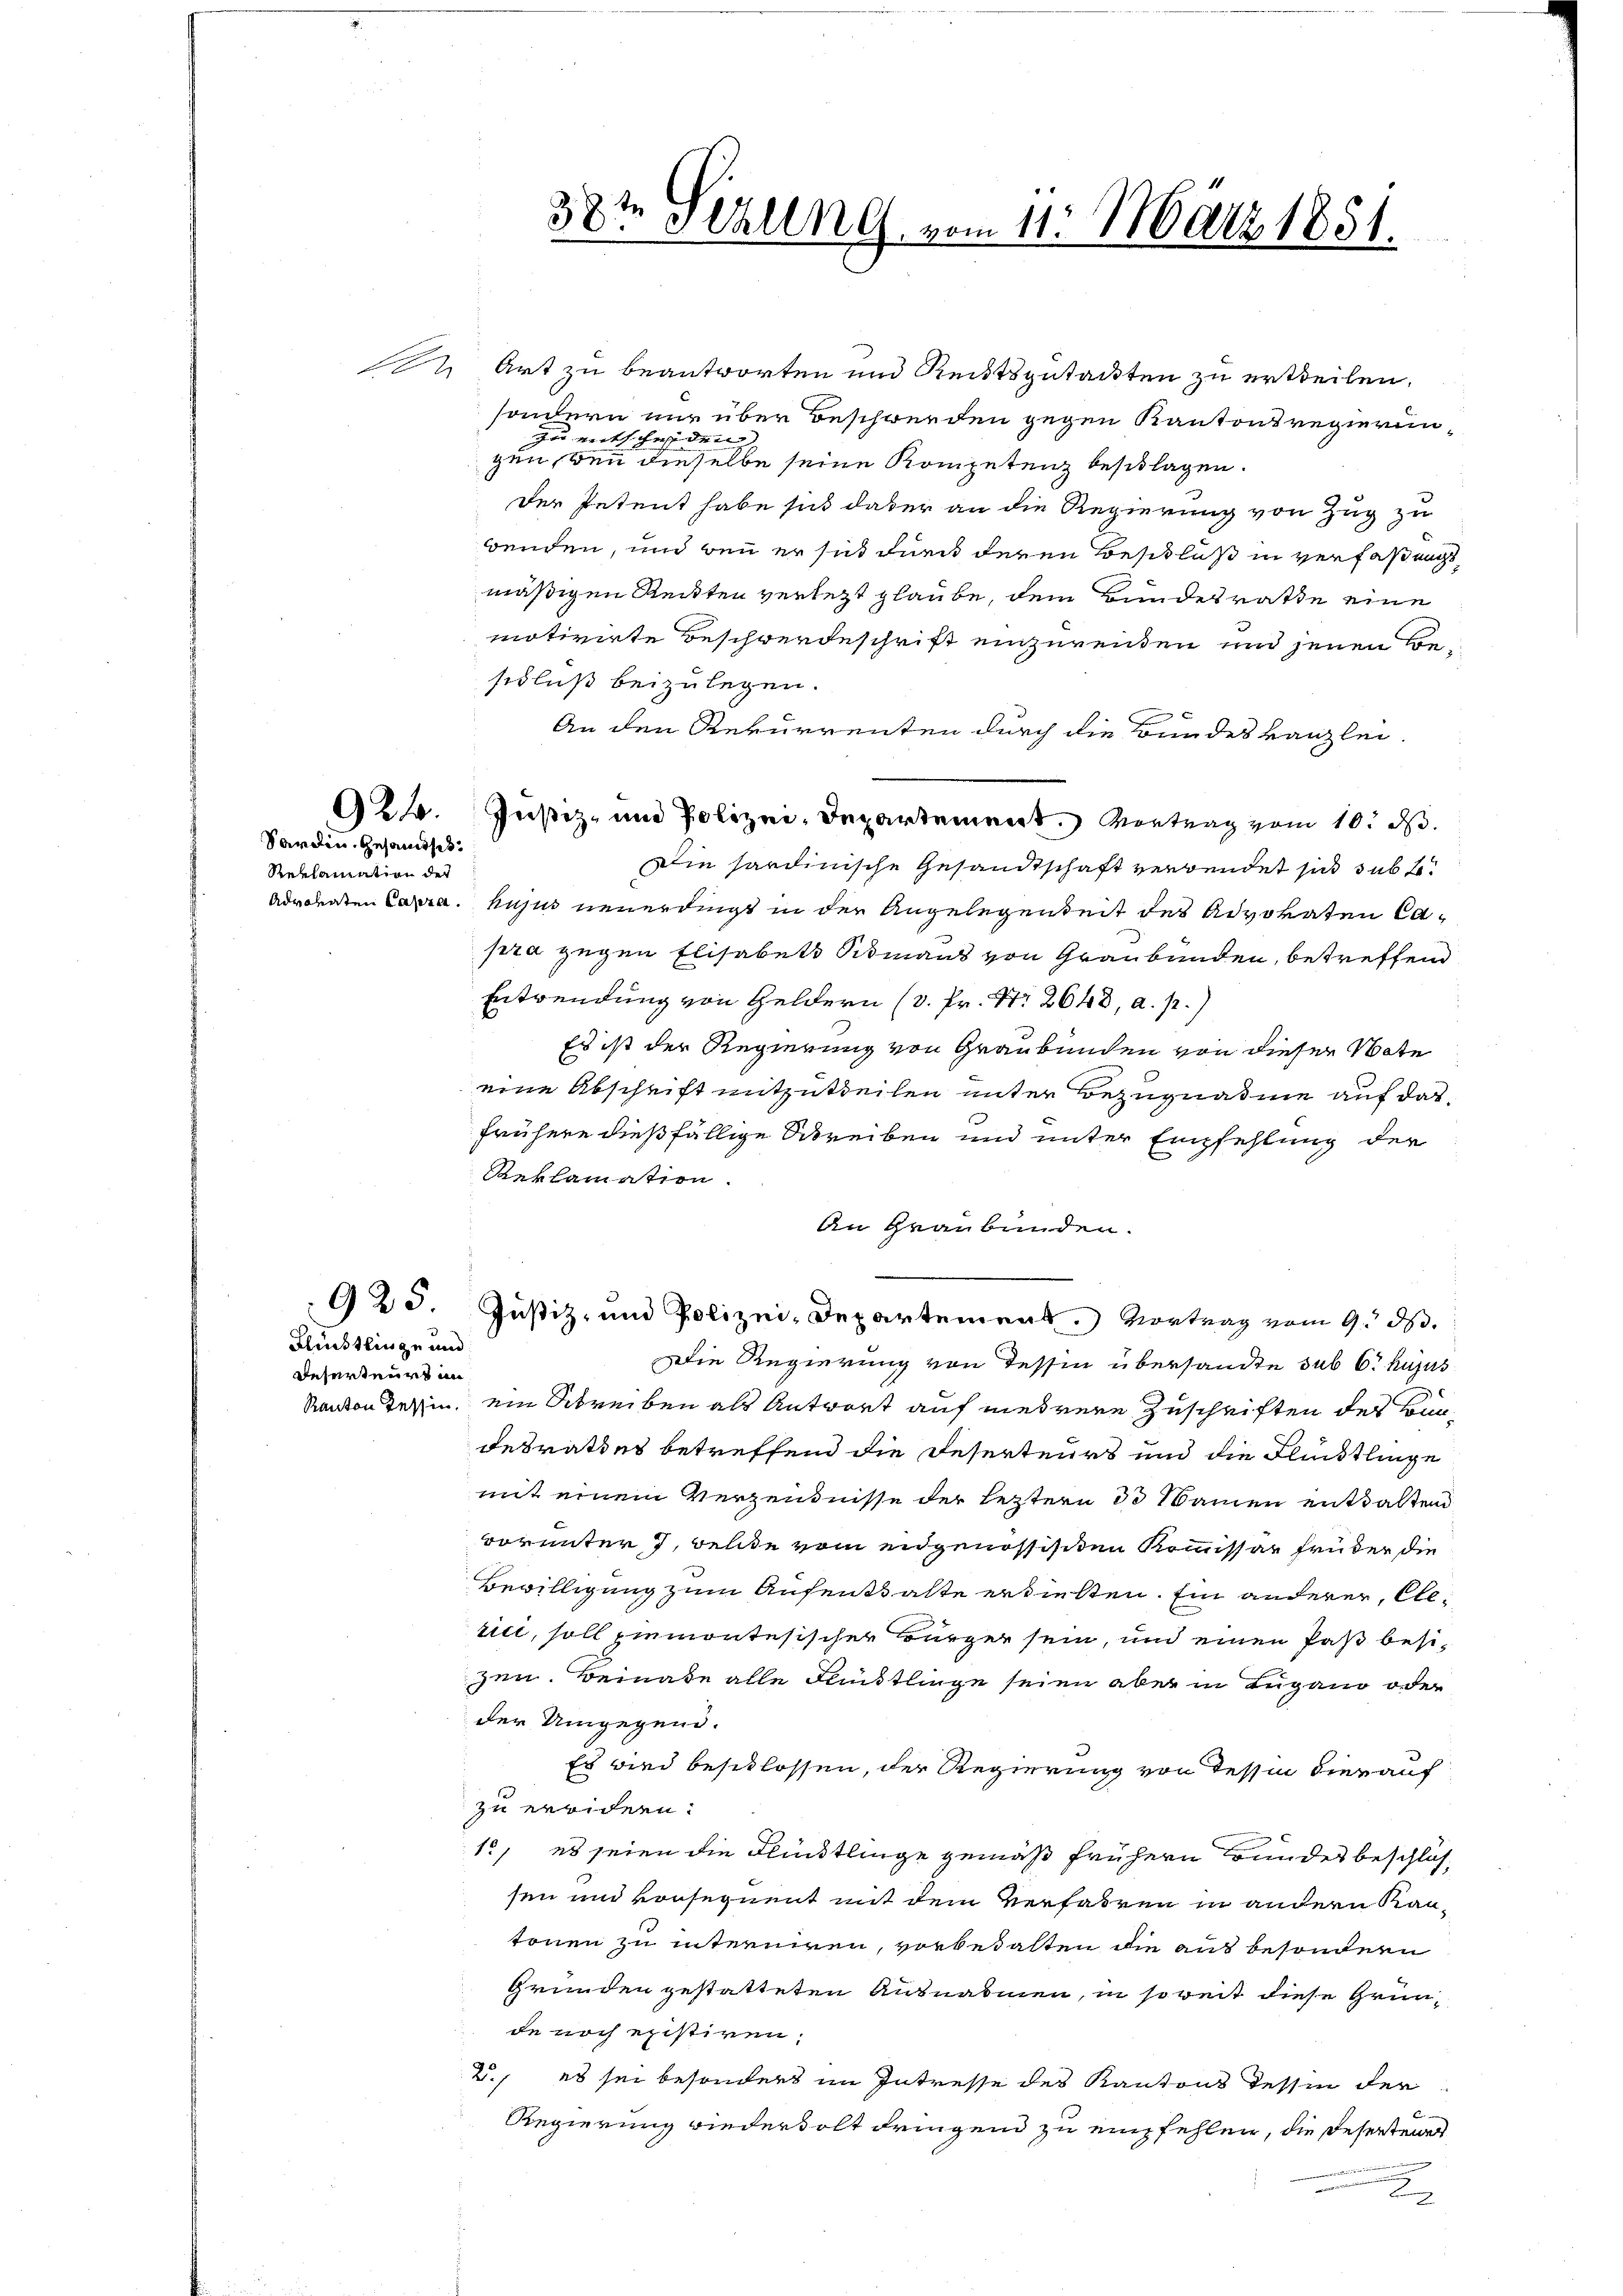
921.

Sardien Gesamtsch
Reklamation der

Flürstlinge und
Deserteurs in

925

3 S. 2
v. Schling vom 11. März 1851.

2 Art zu beantworten und Reitsgutackten zu ertheilen,
sondern nur über Beschwerden gegen Kantonsregierunzu entscheiden
gen, wenn dieselbe seine Kompetenz beschlagen.
der Petent habe sich daher an die Regierung von Zug zu
wenden, und bei er sich durch deren Beschluß in verfaßungsmäßigen Reckten verletzt glaube, dem Bundesrathe eine
motivirte Beschwerdeschrift einzurenten und jenen Besidluß beizulegen.
An den Rekurrenten durch die Bundeskanzlei-
Justiz- und Polizei, Departement. Vortrag vom 10. d.
Die hardinische Gesandtschaft verwendet sich sub 2
Adrdenten Capra. hujus neuerdingt in der Angelegenheit des Advokaten Capra gegen Elisabet Simans von Graubünden, betreffend
Entwendung von Geldern (v. Fr. N. 2648, a. p.)
Es ist der Regierung von Graubünden von dieser Vate
eine Abschrift mitzutheilen unter Bezugnahme auf das
frühere dießfällige Schreiben und unter Empfehlung der
Reklamation.
An Graubünden.
Justiz- und Polizei, Departement.) Vortrag vom 9. ds.
Die Regierung von Tessin übersandte sub 6. hujus
Kanton Teßin, ein Schreiben als Antwort auf mehrere Zuschriften des Bundesrathes betreffend die Deserteurs und die Flüchtlinge
mit einem Verzendnisse der letztern 3 Namen enthaltend
vorunter 7, wende vom eidgenössisten Kommissär früher die
Bewilligung zum Aufenthalte erhielten. Ein anderer, Elerici, soll einmontesischer Bürger sein, und einen Paß besizen. Beinade alle Fleistlinge seien aber in Lugano oder
der Umgegend.
Es wird beschlossen, der Regierung von Tessin hierauf
zu erwidern:
10, es seien die Flüchtlinge gemäß frühern Bundes beschlossen und vonsequent mit dem Verfahren in andern Kantönen zu interniren, vorbedalten die aus besondern
Grunden gestatteten Ausnahmen, in soweit diese Gründe noch existiren.
2., es sei besonders im Intresse des Kantons Tessin der
Regierung wiederholt dringend zu empfehlen, die Deserteier
u